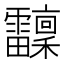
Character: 𩇆